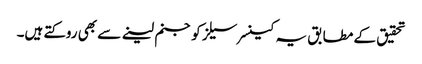
تحقیق کے مطابق یہ کینسر سیلز کو جنم لینے سے بھی روکتے ہیں۔